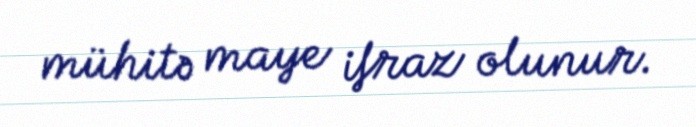
mühitə maye ifraz olunur.